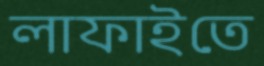
লাফাইতে